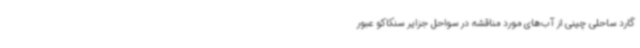
گارد ساحلی چینی از ‌آب‌های مورد مناقشه در سواحل جزایر سنکاکو عبور